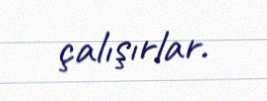
çalışırlar.